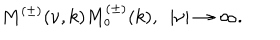
M ^ { ( \pm ) } ( \nu , k ) M _ { o } ^ { ( \pm ) } ( k ) , ~ ~ | \nu | \rightarrow \infty .